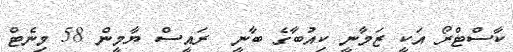
ކާސްޓްރޯ އަކީ ޒަމާނީ ކިއުބާގެ ބާނީ  ރައީސް ޔާމީން 58 މިނެޓް